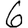
Digit: 6